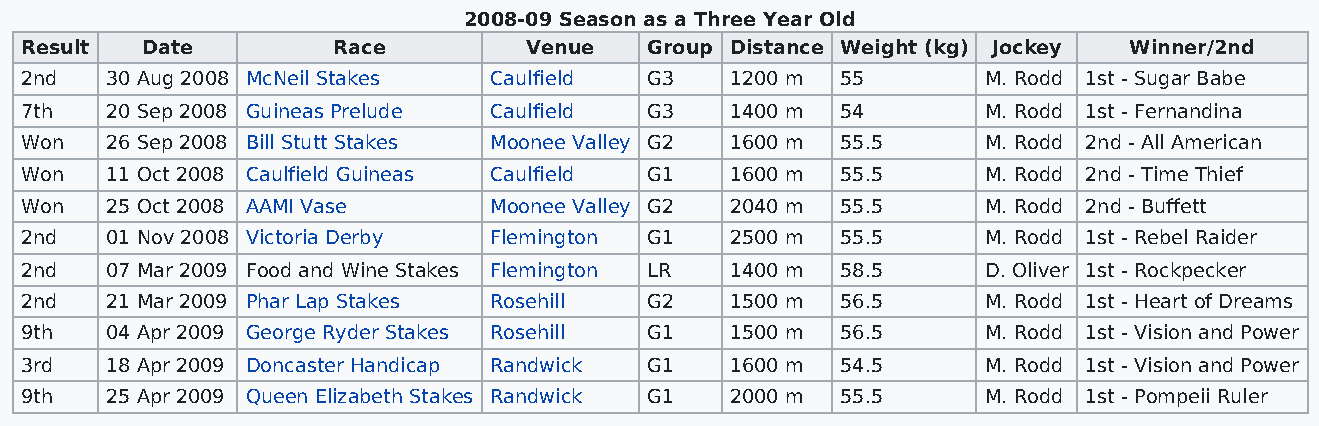
2008-09 Season as a Three Year Old
 Result  Date         Race         Venue   Group Distance Weight (kg) Jockey Winner/2nd
 2nd   30 Aug 2008 McNeil Stakes Caulfield G3   1200 m  55       M. Rodd 1st - Sugar Babe
 7th   20 Sep 2008 Guineas Prelude Caulfield G3 1400 m  54       M. Rodd 1st - Fernandina
 Won   26 Sep 2008 Bill Stutt Stakes Moonee Valley G2 1600 m 55.5 M. Rodd 2nd - All American
 Won   11 Oct 2008 Caulfield Guineas Caulfield G1 1600 m 55.5    M. Rodd 2nd - Time Thief
 Won   25 Oct 2008 AAMI Vase    Moonee Valley G2 2040 m 55.5     M. Rodd 2nd - Buffett
 2nd   01 Nov 2008 Victoria Derby Flemington G1 2500 m  55.5     M. Rodd 1st - Rebel Raider
 2nd   07 Mar 2009 Food and Wine Stakes Flemington LR 1400 m 58.5 D. Oliver 1st - Rockpecker
 2nd   21 Mar 2009 Phar Lap Stakes Rosehill G2  1500 m  56.5     M. Rodd 1st - Heart of Dreams
 9th   04 Apr 2009 George Ryder Stakes Rosehill G1 1500 m 56.5   M. Rodd 1st - Vision and Power
 3rd   18 Apr 2009 Doncaster Handicap Randwick G1 1600 m 54.5    M. Rodd 1st - Vision and Power
 9th   25 Apr 2009 Queen Elizabeth Stakes Randwick G1 2000 m 55.5 M. Rodd 1st - Pompeii Ruler